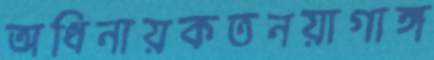
অধিনায়কতনয়াগাঙ্গ